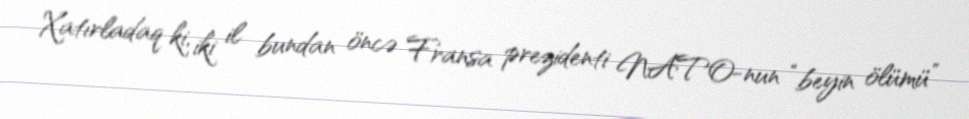
Xatırladaq ki, iki il bundan öncə Fransa prezidenti NATO-nun “beyin ölümü”